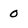
Character: 0